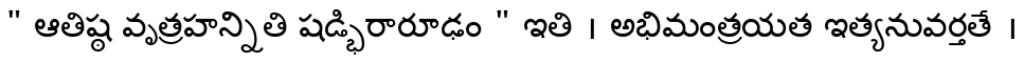
" ఆతిష్ఠ వృత్రహన్నితి షడ్భిరారూఢం " ఇతి । అభిమంత్రయత ఇత్యనువర్తతే ।